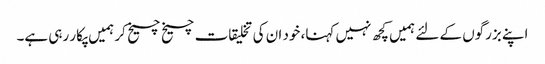
اپنے بزرگوں کے لئے ہمیں کچھ نہیں کہنا، خود ان کی تخلیقات چیخ چیخ کر ہمیں پکار رہی ہے۔